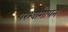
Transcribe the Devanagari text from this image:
परश्वागायन